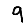
Digit: 9